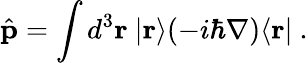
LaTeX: {\hat{\mathbf{p}}}=\int d^{3}\mathbf{r}~|\mathbf{r}\rangle(-i\hbar\nabla)\langle\mathbf{r}|~.